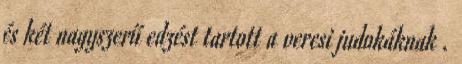
és két nagyszerű edzést tartott a veresi judokáknak .